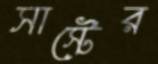
সাস্টের